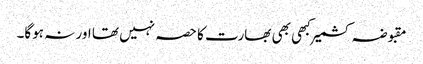
مقبوضہ کشمیر کبھی بھی بھارت کا حصہ نہیں تھا اور نہ ہوگا۔